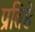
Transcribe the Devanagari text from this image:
प्रतिष्ठे